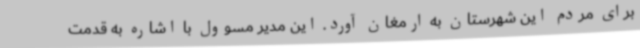
برای مردم این شهرستان به ارمغان آورد. این مدیر مسوول با اشاره به قدمت